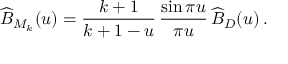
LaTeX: \widehat B _ { M _ { k } } ( u ) = \frac { k + 1 } { k + 1 - u } \, \frac { \sin \pi u } { \pi u } \, \widehat B _ { D } ( u ) \, .